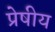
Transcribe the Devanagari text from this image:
प्रेषीय